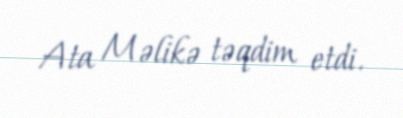
Ata Məlikə təqdim etdi.